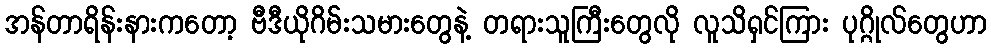
အန်တာရိန်းနားကတော့ ဗီဒီယိုဂိမ်းသမားတွေနဲ့ တရားသူကြီးတွေလို လူသိရှင်ကြား ပုဂ္ဂိုလ်တွေဟာ